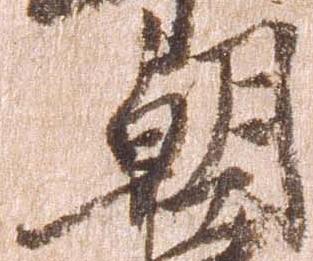
朝